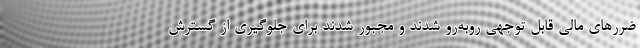
ضررهای مالی قابل توجهی روبه‌رو شدند و مجبور شدند برای جلوگیری از گسترش